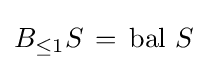
B_{\leq 1}S\,=\,\operatorname {bal} \,S